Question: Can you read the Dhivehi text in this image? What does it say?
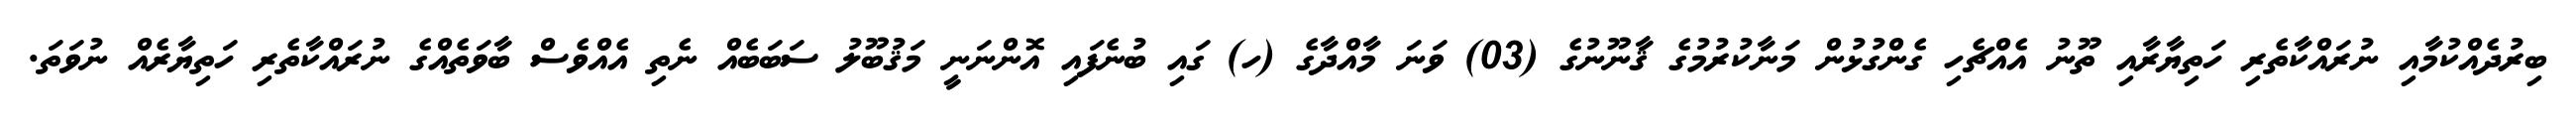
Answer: ބިރުދެއްކުމާއި ނުރައްކާތެރި ހަތިޔާރާއި ތޫނު އެއްޗެހި ގެންގުޅުން މަނާކުރުމުގެ ޤާނޫނުގެ (03) ވަނަ މާއްދާގެ (ހ) ގައި ބުނެފައި އޮންނަނީ މަޤުބޫލު ސަބަބެއް ނެތި އެއްވެސް ބާވަތެއްގެ ނުރައްކާތެރި ހަތިޔާރެއް ނުވަތަ.